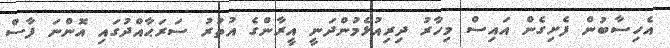
އެހިސާބުން ފެށިގެން އައިސް މިހާރު ދިރިއުޅެމުންދަނީ އީރާންގެ އުތުރު ސަރަޙާއްދުގައި އޮންނަ ފާސް